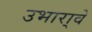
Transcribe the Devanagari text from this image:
उभारा्वे